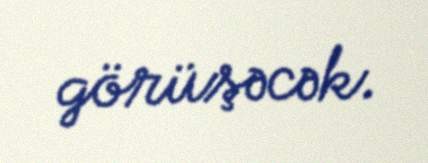
görüşəcək.